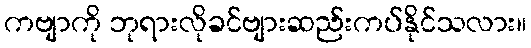
ကဗျာကို ဘုရားလိုခင်ဗျားဆည်းကပ်နိုင်သလား။